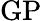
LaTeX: \mathrm{GP}